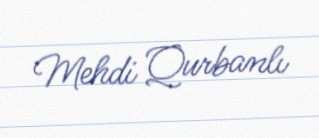
Mehdi Qurbanlı